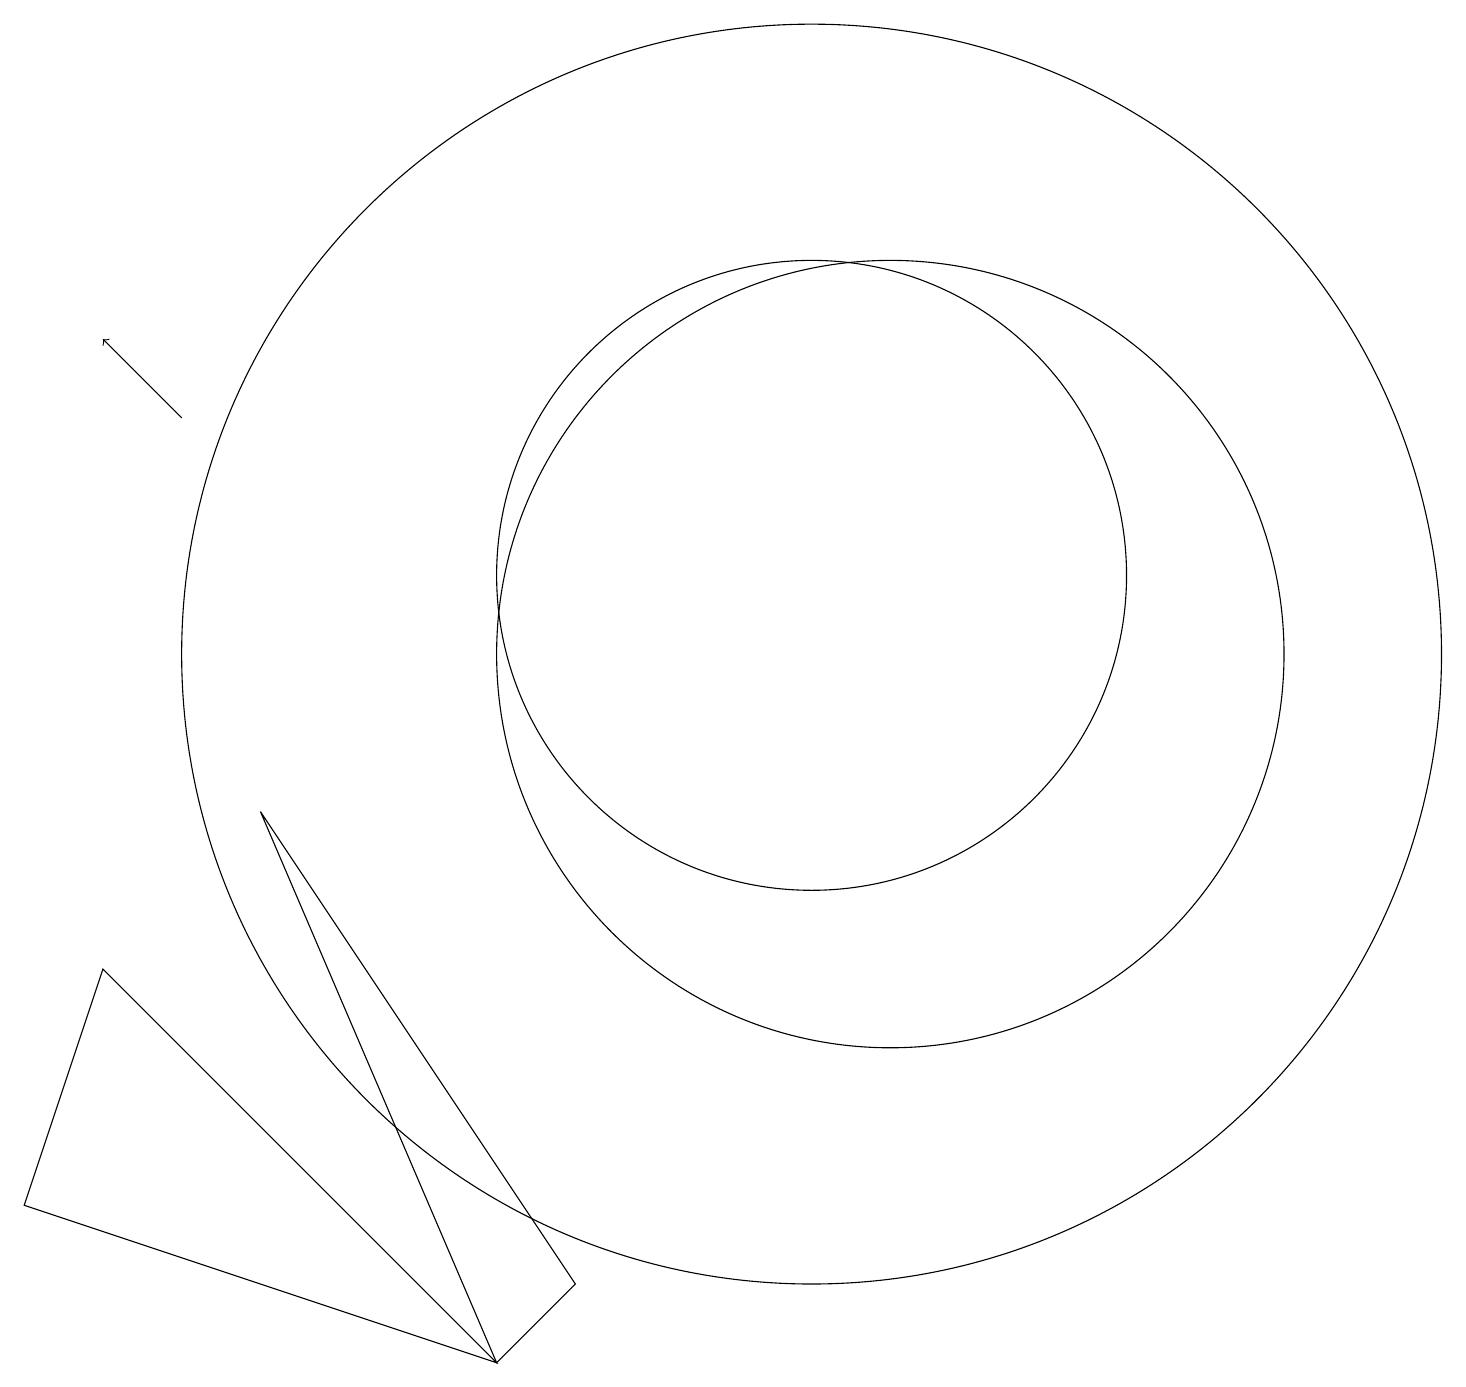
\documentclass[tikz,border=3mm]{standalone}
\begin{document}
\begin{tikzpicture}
\draw (6,1) -- (7,2) -- (3,8) -- cycle;
\draw (10,10) circle (8);
\draw[->] (2,13) -- (1,14);
\draw (11,10) circle (5);
\draw (10,11) circle (4);
\draw (0,3) -- (6,1) -- (1,6) -- cycle;
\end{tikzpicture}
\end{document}